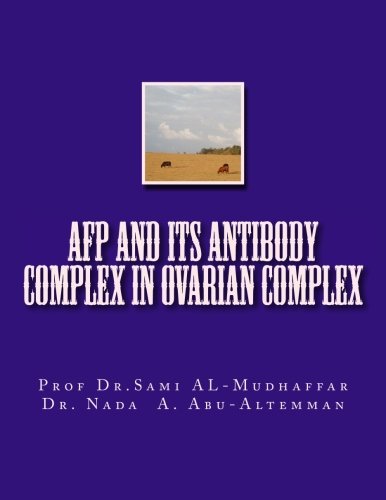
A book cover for AFP and its Antibody Complex in Ovarian Complex; Prof Sami A. AL-Mudhaffar Dr.; Science & Math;